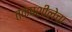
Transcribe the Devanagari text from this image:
तक्षशीलेचा